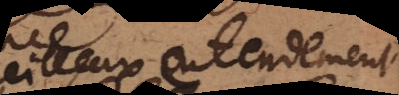
merveilleux entendement